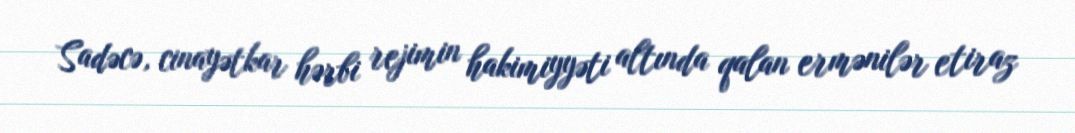
Sadəcə, cinayətkar hərbi rejimin hakimiyyəti altında qalan ermənilər etiraz